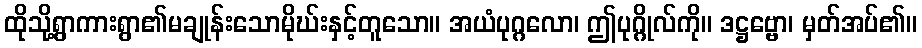
ထိုသို့ရွာကားရွာ၏မချုန်းသောမိုဃ်းနှင့်တူသော။ အယံပုဂ္ဂလော၊ ဤပုဂ္ဂိုလ်ကို။ ဒဋ္ဌဗ္ဗော၊ မှတ်အပ်၏။